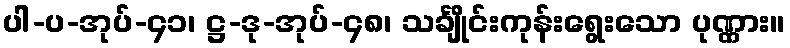
ပါ-ပ-အုပ်-၄၁၊ ဋ္ဌ-ဒု-အုပ်-၄၈၊ သင်္ချိုင်းကုန်းရွေးသော ပုဏ္ဏား။